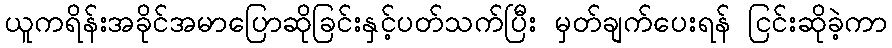
ယူကရိန်းအခိုင်အမာပြောဆိုခြင်းနှင့်ပတ်သက်ပြီး မှတ်ချက်ပေးရန် ငြင်းဆိုခဲ့ကာ